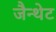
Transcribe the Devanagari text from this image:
जैन्थेट